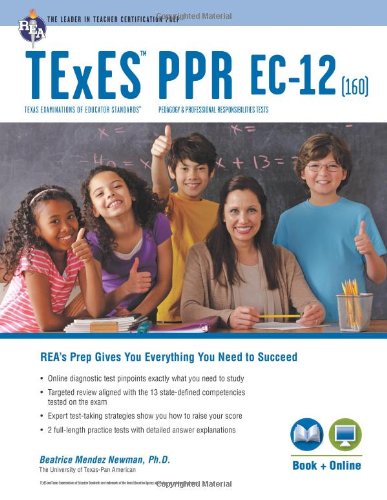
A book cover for TExES PPR EC-12 (160) Book + Online (TExES Teacher Certification Test Prep); Beatrice Mendez Newman PhD; Test Preparation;